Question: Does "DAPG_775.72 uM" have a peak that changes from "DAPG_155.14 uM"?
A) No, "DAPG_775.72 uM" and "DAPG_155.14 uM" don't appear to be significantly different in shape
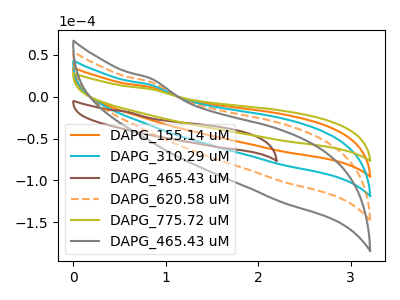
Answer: <think>The orange curve "DAPG_155.14 uM" has no peaks. The cyan curve "DAPG_310.29 uM" has no peaks. The brown curve "DAPG_465.43 uM" has no peaks. The orange dashed curve "DAPG_620.58 uM" has no peaks. The olive curve "DAPG_775.72 uM" has no peaks. The gray curve "DAPG_465.43 uM" has no peaks.
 Neither "DAPG_775.72 uM" or "DAPG_155.14 uM" have any peaks.</think>
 <answer>A) No, "DAPG_775.72 uM" and "DAPG_155.14 uM" don't appear to be significantly different in shape</answer>
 <eval>A</eval>